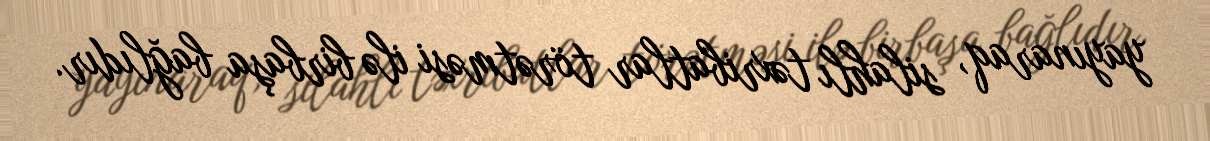
yayınaraq, silahlı təxribatlar törətməsi ilə birbaşa bağlıdır.